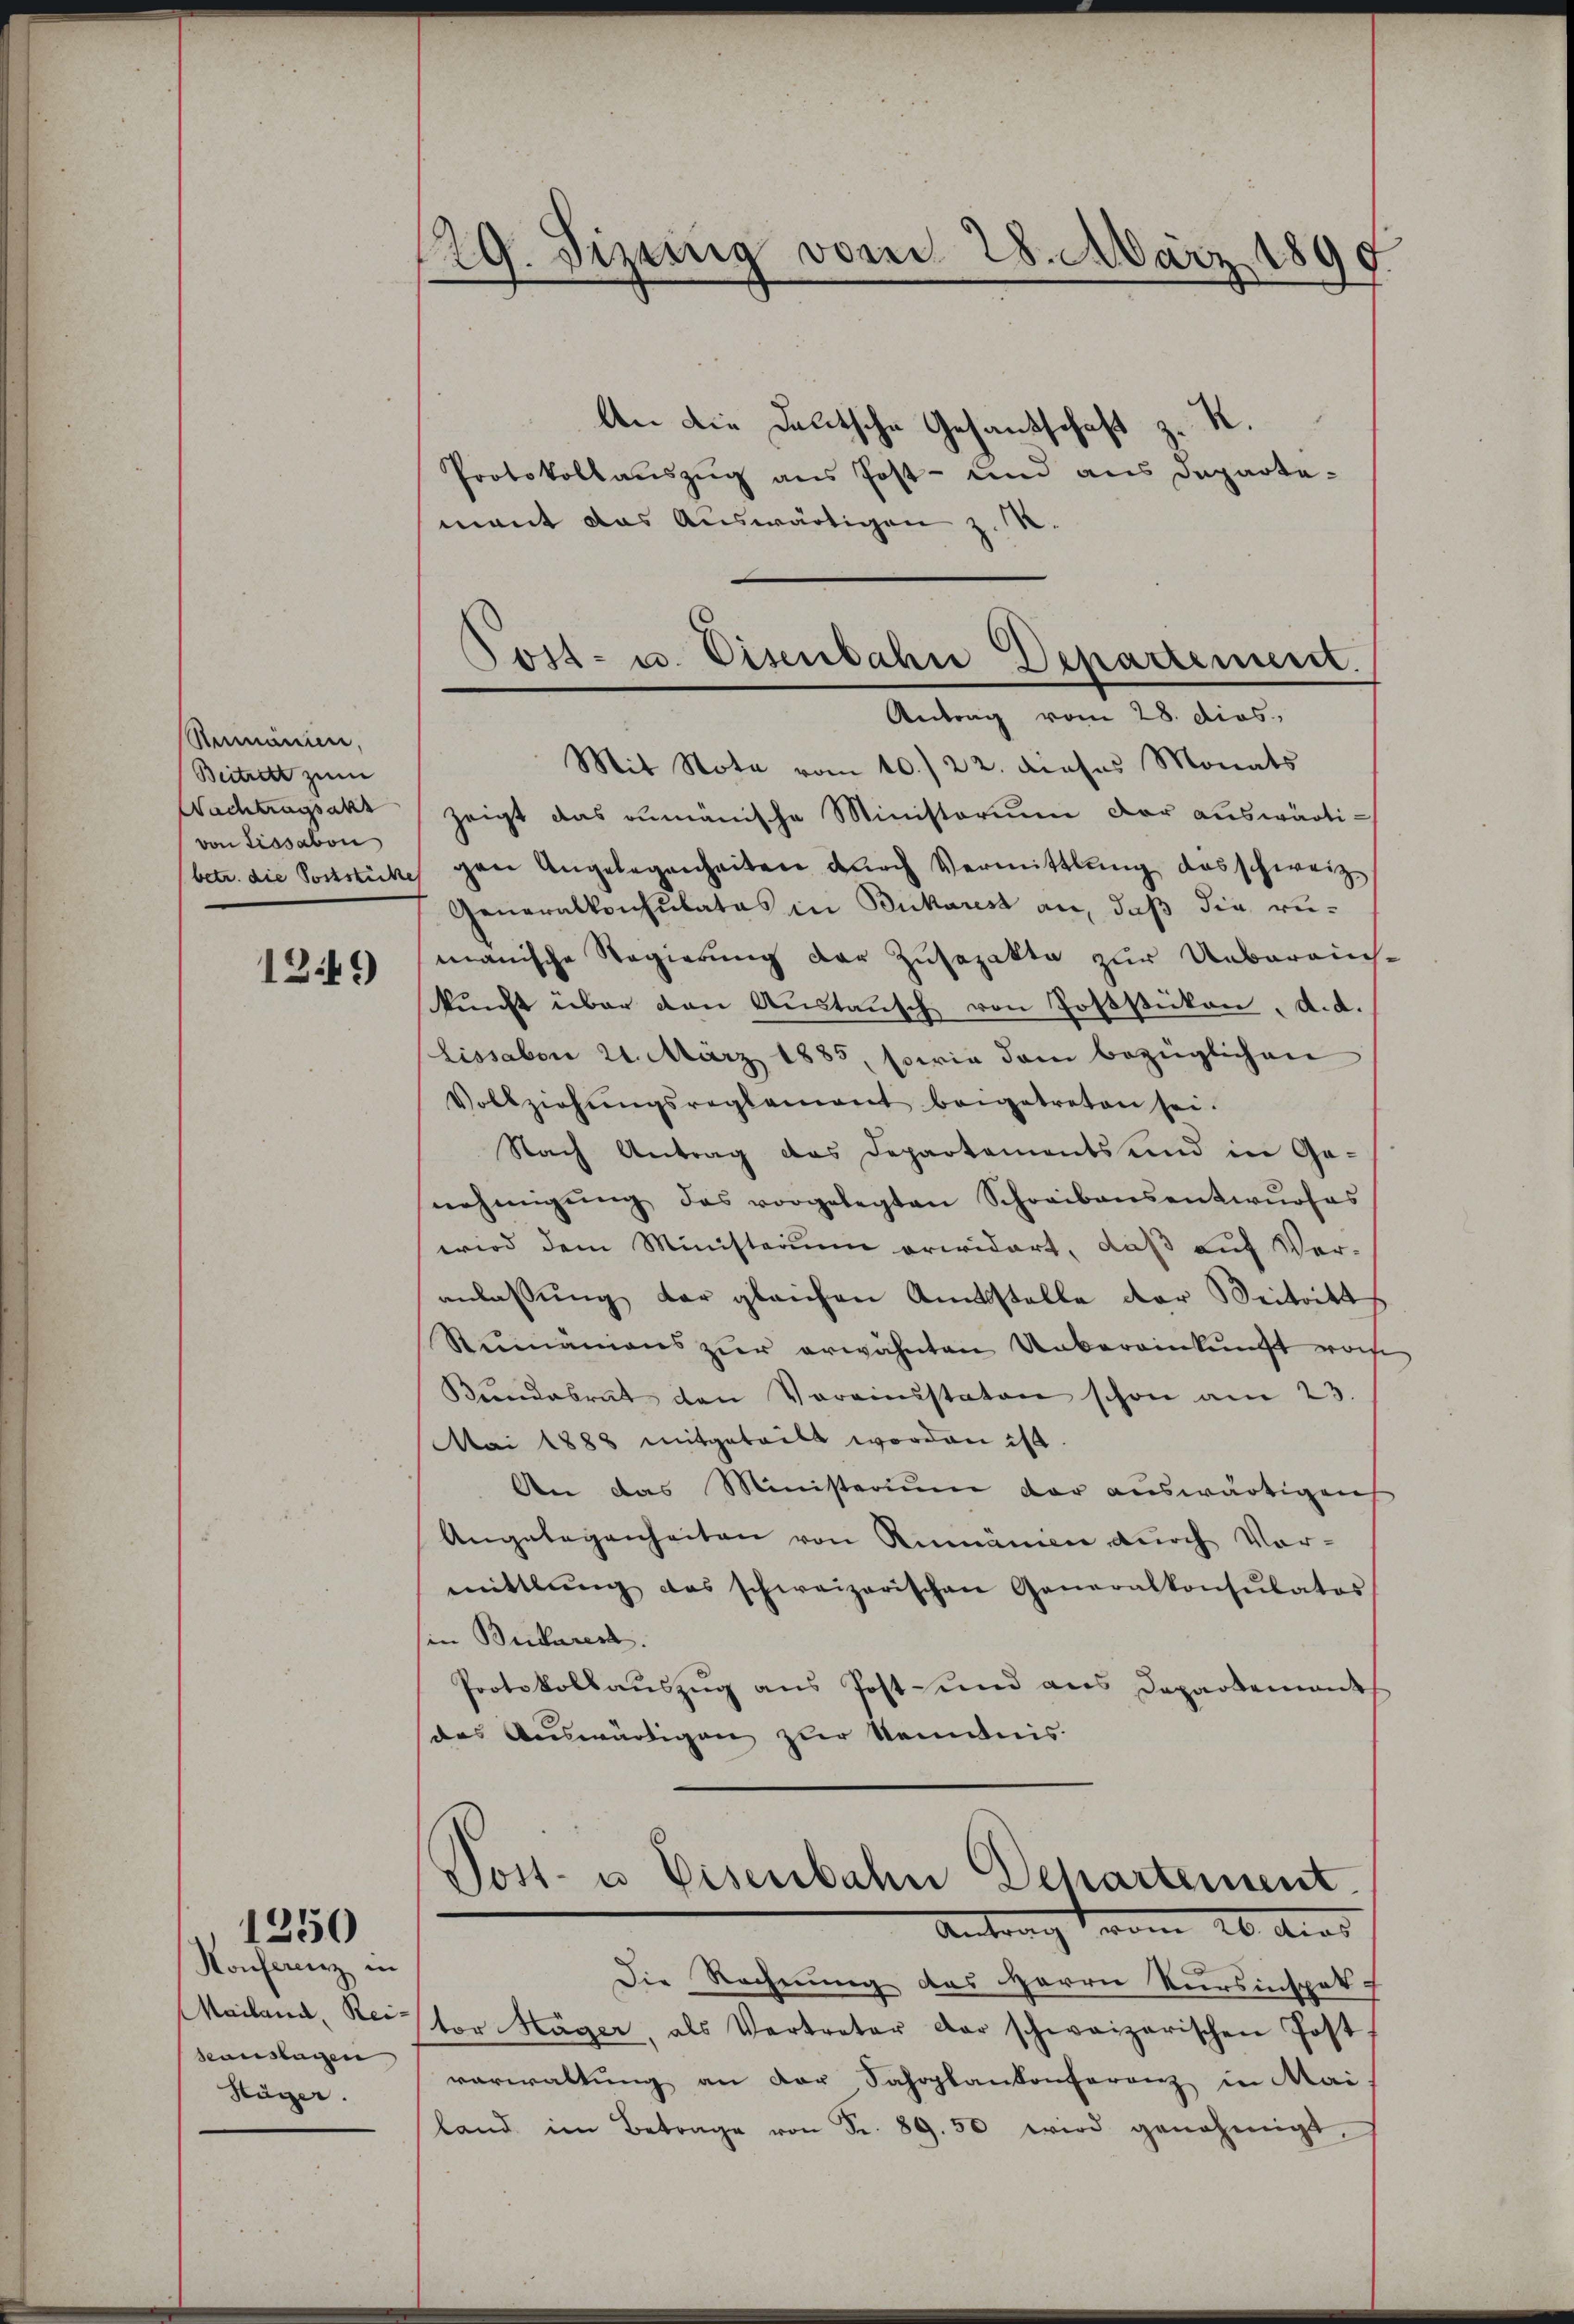
Remonien,
Beitrett zum
Wachtragsatz
von Lissabon
betr. die Poststücke

1249

Konferenz in
Mailand, Reiseauslagen
Häger.

1250

129. Sizung vom 28. März 1899

An die Deutsche Gesandschaft z. K.
Protokollauszug aus Post- und aus Departemant das Auswärtigen z. R.
zeigt das rumänische Ministorium der auswärtigen Angelegenheiten durch Vermittlung das schweiz.
Generalkonsulatos in Bukarest an, daß die rumanische Regierung der Zusozakte zur Uebereich
kŭnft über den Aŭstaŭsch von Poststücken, d. d.
Lissabon 21. März 1885, sowie dem bezüglichen
Vollziehŭngsreglement beigetreten sei.
Nach Antrag das Departements und in Ge-
nehmigŭng des vorgelegten Schreibensentwŭrfes
wird dem Ministerum erwidert, daß auf Veranlassung der gleichen Amtsstelle der Beitritt
Rumäniens zŭr erwähnten Unbereinkunft von
Kŭndesrat den Vereinsstaten schon am 23.
Mai 1888 mitgeteilt worden ist.
An das Ministerium der auswärtigen
Angelegenheiten von Rumänien dŭrch Vor-
mittlung das schweizerischen Generalkonsulates
in Bularer
Protokollauszug aus Post- und aus Departement
das Auswärtigen zur Kenntnis.
Vost- u. Eisenbahn Departement
Antrag vom 20. Aus
Die Rechnung des Herrn Kursinspek
tor Häger, als Vertreter der schweizerischen Post
verwaltŭng an der Sahoplankonferenz in Mai
land im Betrage von Fr. 89. 50 wird genehmigt.

Kost- u. Eisenbahre Departement.
Antrag vom 28. dies,
Mit Nota vom 10. 22. dieses Monats